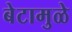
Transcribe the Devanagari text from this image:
बेटामुळे